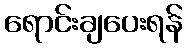
ရောင်းချပေးရန်